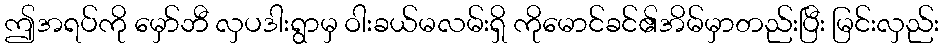
ဤအရပ်ကို မှော်ဘီ လှပဒါးရွာမှ ဝါးခယ်မလမ်းရှိ ကိုမောင်ခင်၏အိမ်မှာတည်းပြီး မြင်းလှည်း